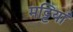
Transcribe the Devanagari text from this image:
मट्टियां